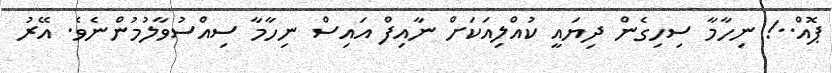
ޕޮއް..! ނިހާމާ ސިހިގެން ދިޔައީ ކުއްލިއަކަށް ނާއިފް އައިސް ނިހާމާ ސިއްސުވާލުމުންނެވެ. އޭރު